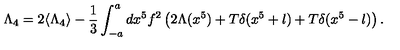
\Lambda _ { 4 } = 2 \langle \Lambda _ { 4 } \rangle - \frac { 1 } { 3 } \int _ { - a } ^ { a } d x ^ { 5 } f ^ { 2 } \left( 2 \Lambda ( x ^ { 5 } ) + T \delta ( x ^ { 5 } + l ) + T \delta ( x ^ { 5 } - l ) \right) .